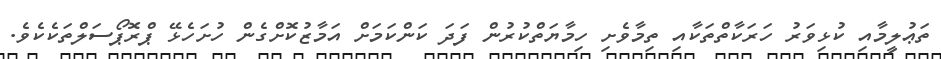
ތަޢުލީމާއި ކުޅިވަރު ހަރަކާތްތަކާއި ތިމާވެށި ހިމާޔަތްކުރުން ފަދަ ކަންކަމަށް އަމާޒުކޮށްގެން ހުށަހެޅޭ ޕްރޮޕޯސަލްތަކެކެވެ.